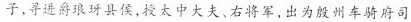
子，寻进爵琅玡县侯，授太中大夫、右将军，出为殷州车骑府司